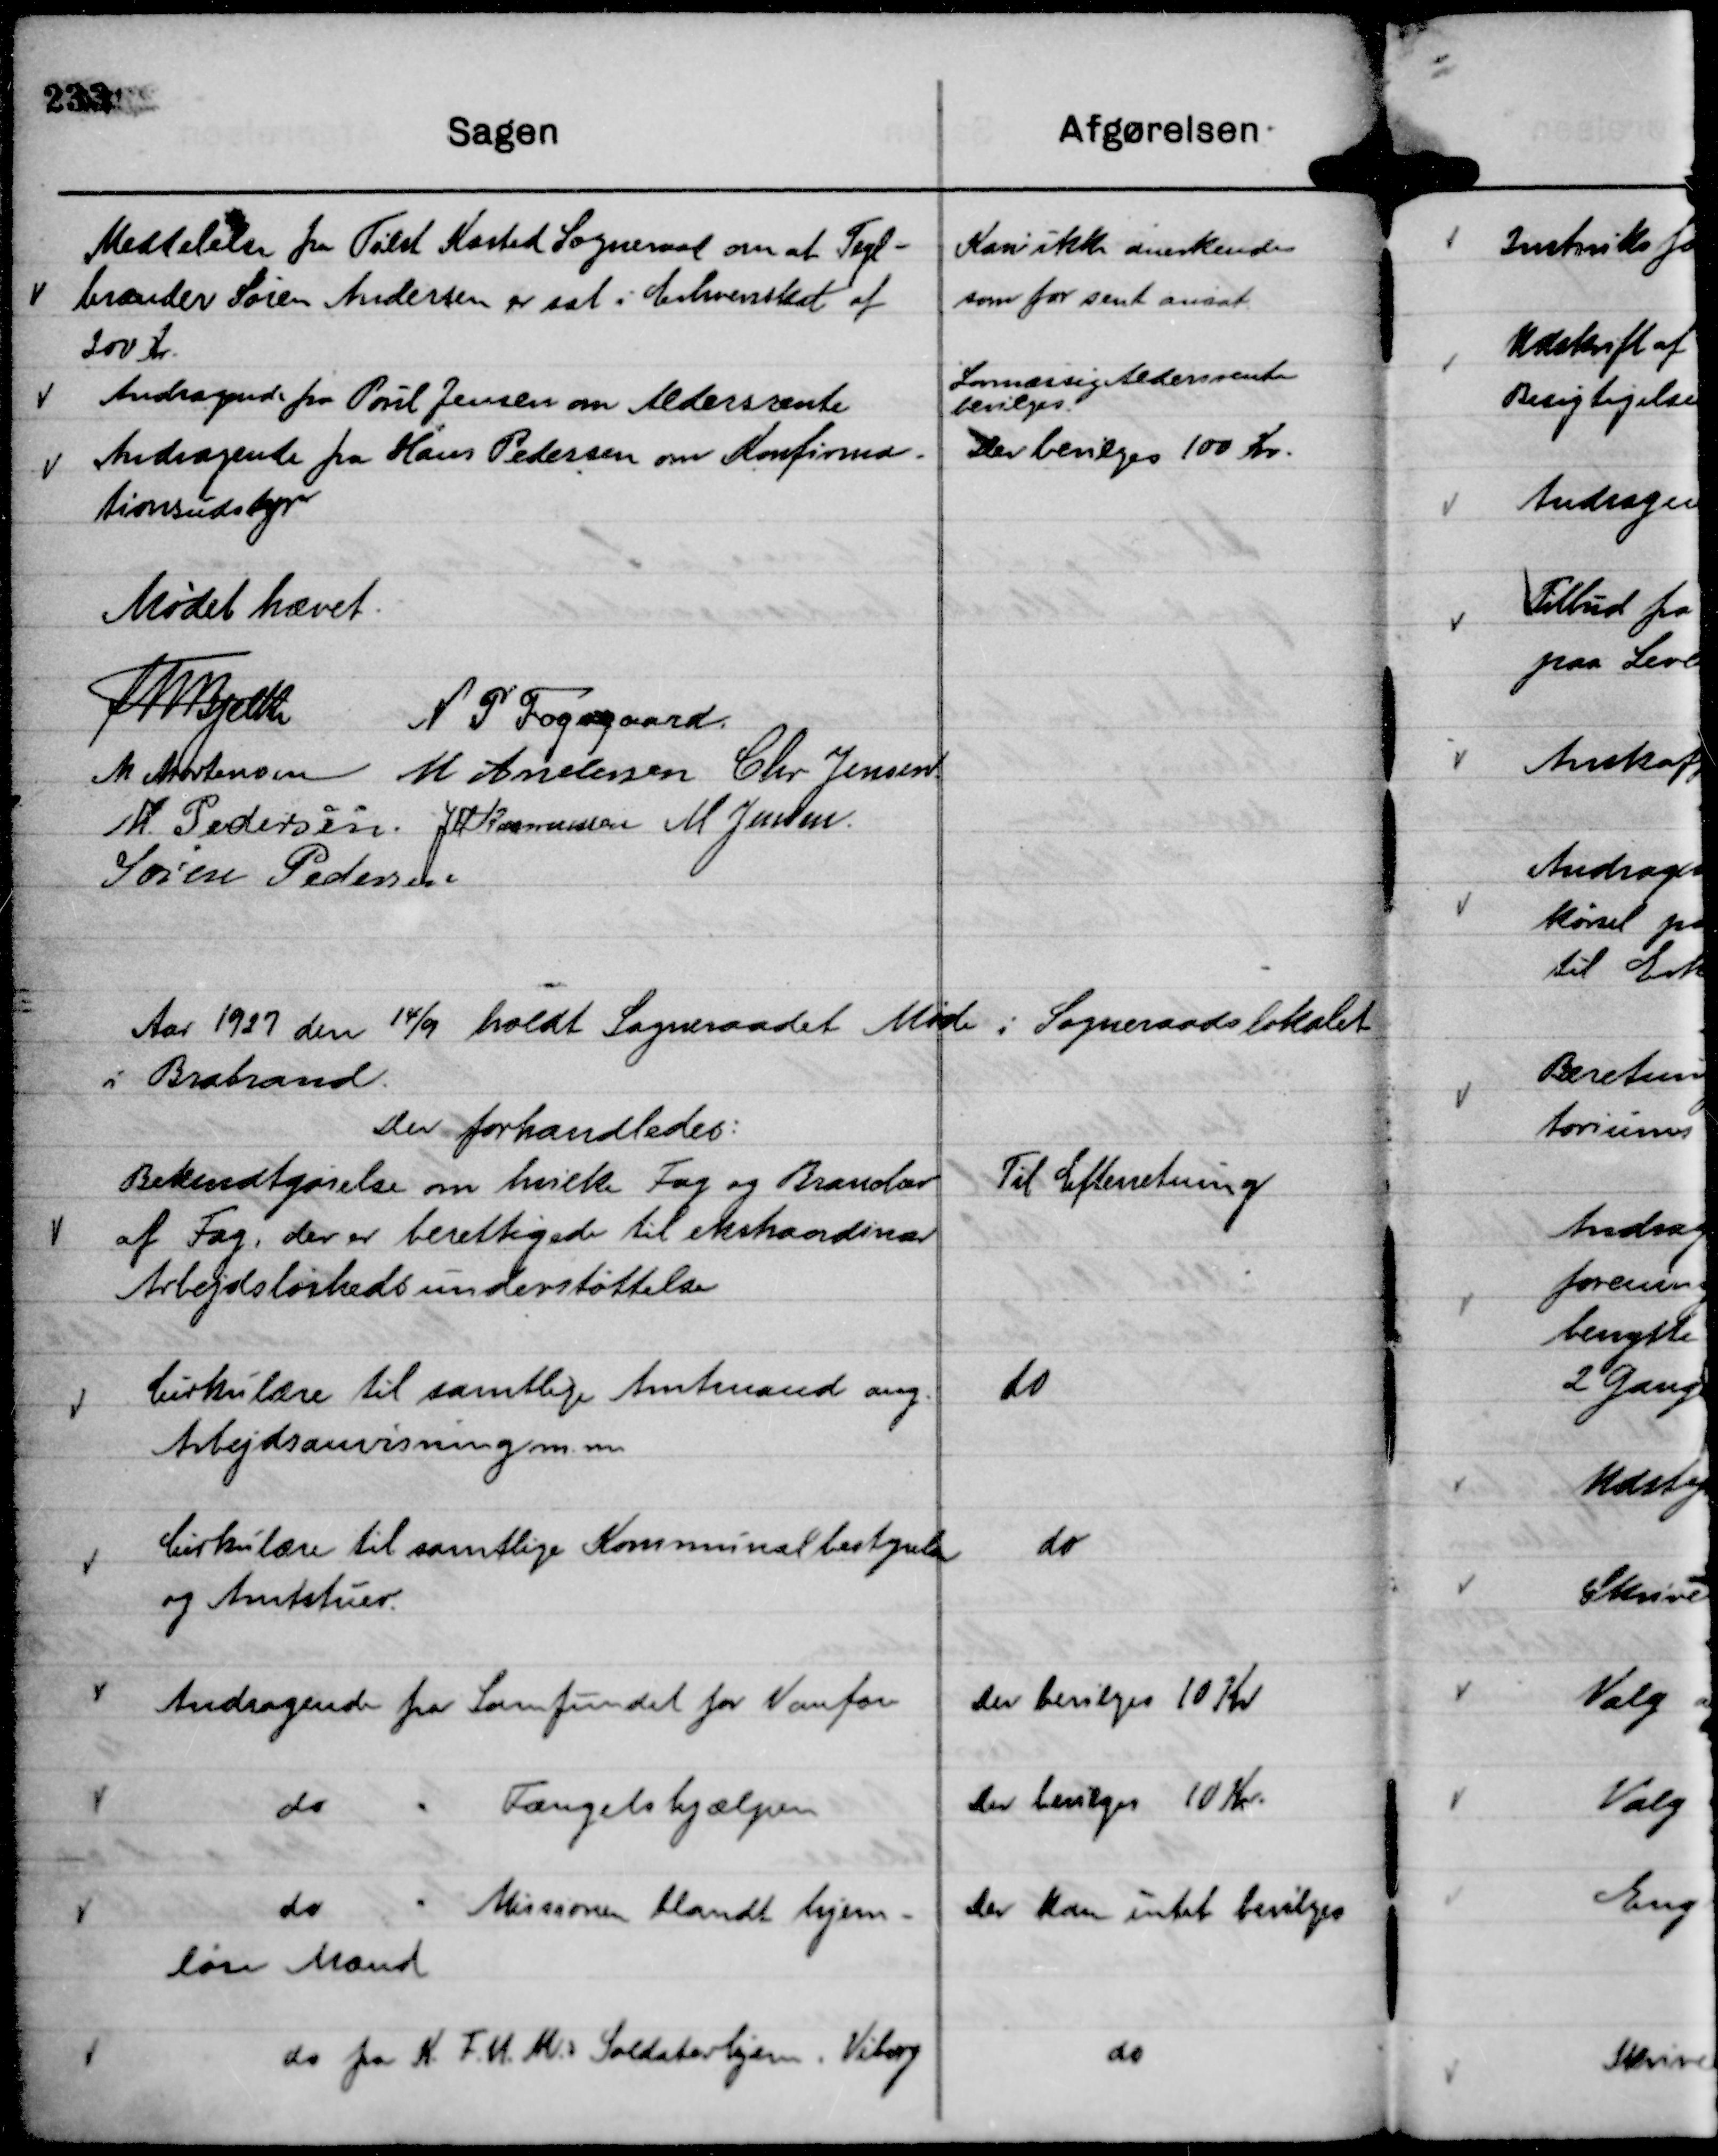
Transskription:
Meddelelse fra Tilst Kasted Sogneraad at Tegl-
brænder Søren Andersen er sat i Erhvervsskat af
200 Kr.

Kan ikke anerkendes
som for sent ansat.

Andragende fra Poul Jensen om Aldersrente

Lovmæssig Aldersrente
bevilges.

Andragende fra Hans Pedersen om Konfirma-
tionsudstyr

Der bevilges 100 Kr.

Mødet hævet.
Th Bjelke
N P Fogsgaard.
M Mortensen
M Andersen
Chr Jensen
M Pedersen.
JM Rasmussen
M Jensen.
Søren Pedersen.

Aar 1927 den 14/9 holdt Sogneraadet Møde i Sogneraadslokalet
i Brabrand.
Der forhandledes:

Bekendtgørelse om hvilke Fag og Brancher
af Fag, der er berettigede til ekstraordinær
Arbejdsløshedsunderstøttelse

Til Efterretning

Cirkulære til samtlige Amtmænd ang.
Arbejdsanvisning m. m.

do

Cirkulære til samtlige Kommunalbestyrelser
og Amtstuer.

do

Andragende fra Samfundet for Vanføre

Der bevilges 10 Kr

do " Fængselshjælpen

Der bevilges 10 Kr.

do " Missionen blandt hjem-
løse Mænd

Der kan intet bevilges

do fra K. F. U. M.s Soldaterhjem i Viborg

do